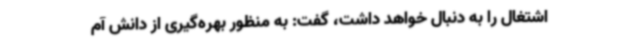
اشتغال را به دنبال خواهد داشت، گفت: به منظور بهره‌گیری از دانش آم